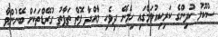
ސުކޫލު ކުދިންގެ ކަރިކިއުލަމްގައި ހިމެނޭ ދިވެހި މާއްދާ ފޮތް ތަފާތު ގުރޭޑްތަކަށް ބޭނުންވާ